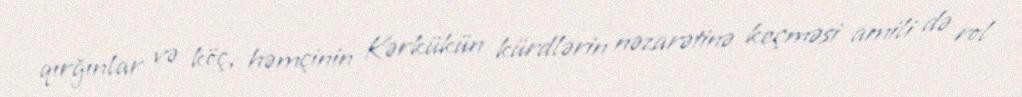
qırğınlar və köç, həmçinin Kərkükün kürdlərin nəzarətinə keçməsi amili də rol